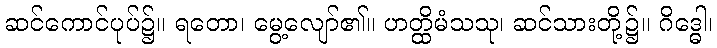
ဆင်ကောင်ပုပ်၌။ ရတော၊ မွေ့လျော်၏။ ဟတ္ထိမံသသု၊ ဆင်သားတို့၌။ ဂိဒ္ဓေါ၊